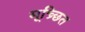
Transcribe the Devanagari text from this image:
मूच्र्छित